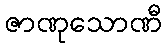
ဇာဏုသောဏီ